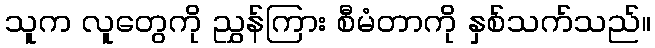
သူက လူတွေကို ညွှန်ကြား စီမံတာကို နှစ်သက်သည်။